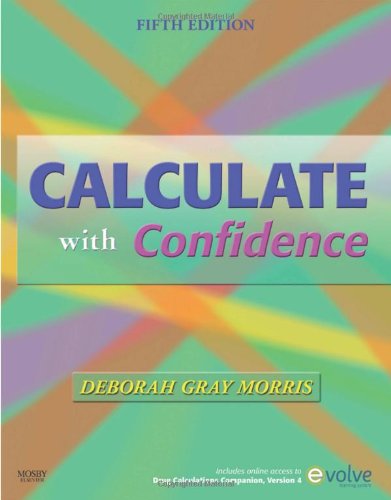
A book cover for Calculate with Confidence, 5e (Morris, Calculate with Confidence); Deborah C. Gray Morris RN  BSN  MA  LNC; Medical Books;